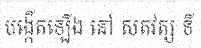
បង្កើតឡើង នៅ សតវត្ស ទី